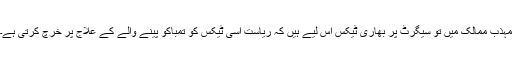
مہذب ممالک میں تو سیگرٹ پر بھاری ٹیکس اس لیے ہیں کہ ریاست اسی ٹیکس کو تمباکو پینے والے کے علاج پر خرچ کرتی ہے۔